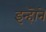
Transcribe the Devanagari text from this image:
इन्हॊने